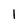
Character: 1